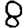
Digit: 8